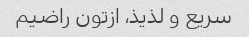
سریع و لذیذ، ازتون راضیم